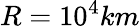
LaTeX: R=10^{4}km